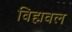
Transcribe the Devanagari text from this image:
विह्मवल